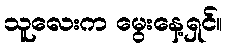
သူလေးက မွေးနေ့ရှင်။